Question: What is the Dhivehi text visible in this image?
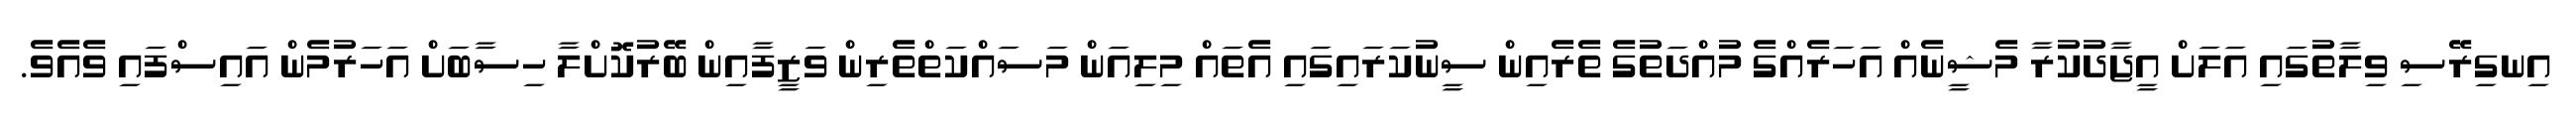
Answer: އިނގިރޭސި ވިލާތުގައި އަލަށް އީޖާދުކުރާ މެޝީނެއް އަހަރެއްގެ މުއްދަތުގެ ތެރެއިން ސީނުކަރައިގައި އެތައް މިލިއަން މަސައްކަތްތެރިން ވަޒީފާއިން ބޭރުކޮށްލާ ހިސާބަށް އަހަރުމެން އައިސްފައި ވެއެވެ.